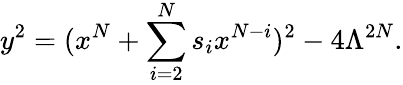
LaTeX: y^{2}=(x^{N}+\sum_{i=2}^{N}s_{i}x^{N-i})^{2}-4\Lambda^{2N}.